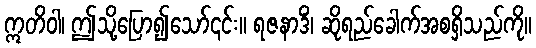
ဣတိဝါ၊ ဤသို့ပြော၍သော်၎င်း။ ရဇနာဒိံ၊ ဆိုရည်ခေါက်အစရှိသည်ကို။